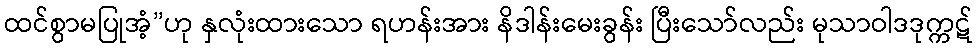
ထင်စွာမပြုအံ့”ဟု နှလုံးထားသော ရဟန်းအား နိဒါန်းမေးခွန်း ပြီးသော်လည်း မုသာဝါဒဒုက္ကဋ်